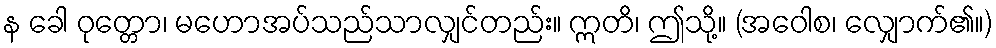
န ခေါ ဝုတ္တော၊ မဟောအပ်သည်သာလျှင်တည်း။ ဣတိ၊ ဤသို့။ (အဝေါစ၊ လျှောက်၏။)